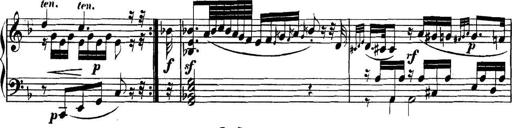
Title: Collected Piano Sonatas
Composer: Muzio Clementi